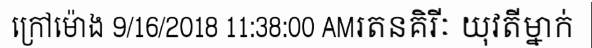
ក្រៅម៉ោង 9/16/2018 11:38:00 AMរតនគិរីៈ យុវតីម្នាក់